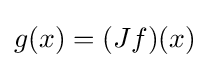
g(x)=(Jf)(x)